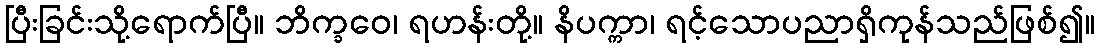
ပြီးခြင်းသို့ရောက်ပြီ။ ဘိက္ခဝေ၊ ရဟန်းတို့။ နိပက္ကာ၊ ရင့်သောပညာရှိကုန်သည်ဖြစ်၍။